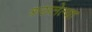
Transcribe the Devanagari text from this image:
त्रासलेल्या